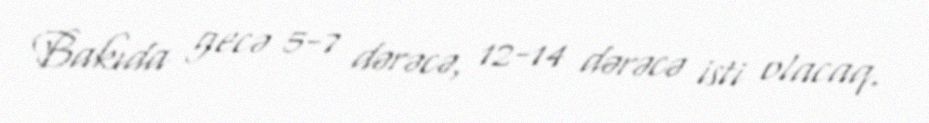
Bakıda gecə 5-7 dərəcə, 12-14 dərəcə isti olacaq.